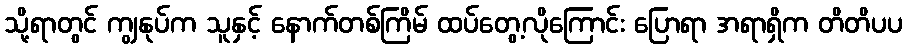
သို့ရာတွင် ကျွနုပ်က သူနှင့် နောက်တစ်ကြိမ် ထပ်တွေ့လိုကြောင်း ပြောရာ အရာရှိက တိတိပပ